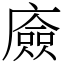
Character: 㢛